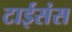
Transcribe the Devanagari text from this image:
टाईसंस